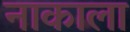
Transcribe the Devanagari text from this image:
नाकाला